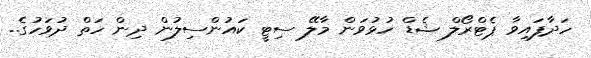
ހަދާފައިވާ ޕެޓްރޯލް ޝެޑް ހުޅުވަން މާލޭ ސިޓީ ކައުންސިލުން ދިން ހަތް ދުވަހުގެ..